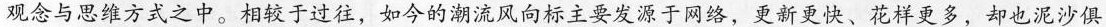
观念与思维方式之中。相较于过往，如今的潮流风向标主要发源于网络，更新更快、花样更多，却也泥沙俱